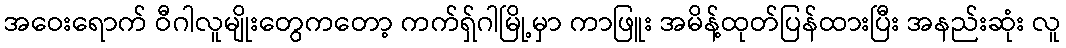
အဝေးရောက် ဝီဂါလူမျိုးတွေကတော့ ကက်ရှ်ဂါမြို့မှာ ကာဖြူး အမိန့်ထုတ်ပြန်ထားပြီး အနည်းဆုံး လူ